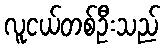
လူငယ်တစ်ဦးသည်